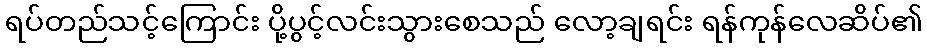
ရပ်တည်သင့်ကြောင်း ပို့ပွင့်လင်းသွားစေသည် လော့ချရင်း ရန်ကုန်လေဆိပ်၏